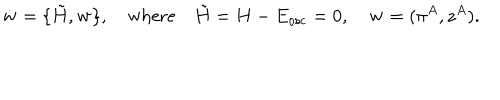
\dot { \bf w } = \{ { \tilde { H } } , { \bf w } \} , \quad \mathrm { w h e r e } \quad { \tilde { H } } = H - E _ { \mathrm { o s c } } = 0 , \quad { \bf w } = ( \pi ^ { A } , z ^ { A } ) .